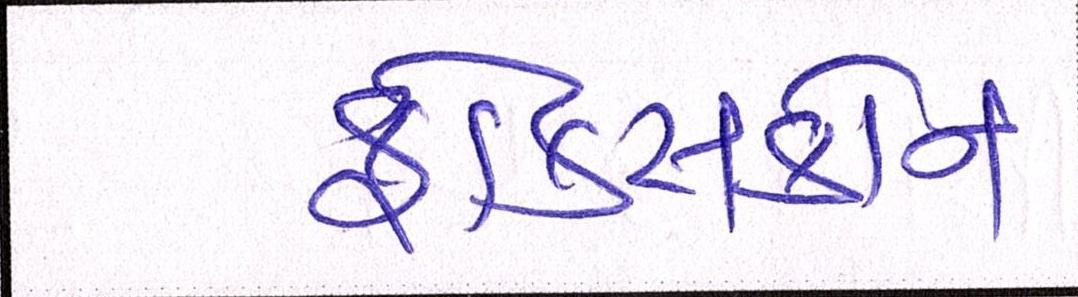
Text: ફોક્સકોન